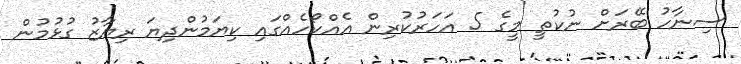
ސިނާހު ބޭރަށް ނުކުތީ މީގެ 5 އަހަރުކުރިން އެއްކޯހެއްގައި ކިޔަމުންދިޔަ ރިޔާޒު ގުޅުމުން